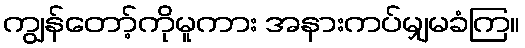
ကျွန်တော့်ကိုမူကား အနားကပ်မျှမခံကြ။